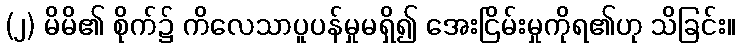
(၂) မိမိ၏ စိုက်၌ ကိလေသာပူပန်မှုမရှိ၍ အေးငြိမ်းမှုကိုရ၏ဟု သိခြင်း။